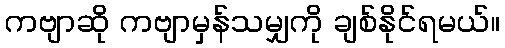
ကဗျာဆို ကဗျာမှန်သမျှကို ချစ်နိုင်ရမယ်။